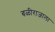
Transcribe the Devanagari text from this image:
बळीराजाला